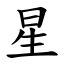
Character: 星